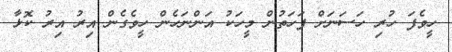
ހީވެފަ ހުރި ހަސަނަށް ފަހަތުން މީހަކު އަންނަހެން ހީވެގެން އިރު އިރު ކޮޅާ